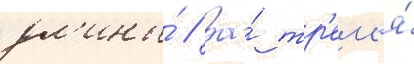
дл'ины́ // За́ тр'ем'я́